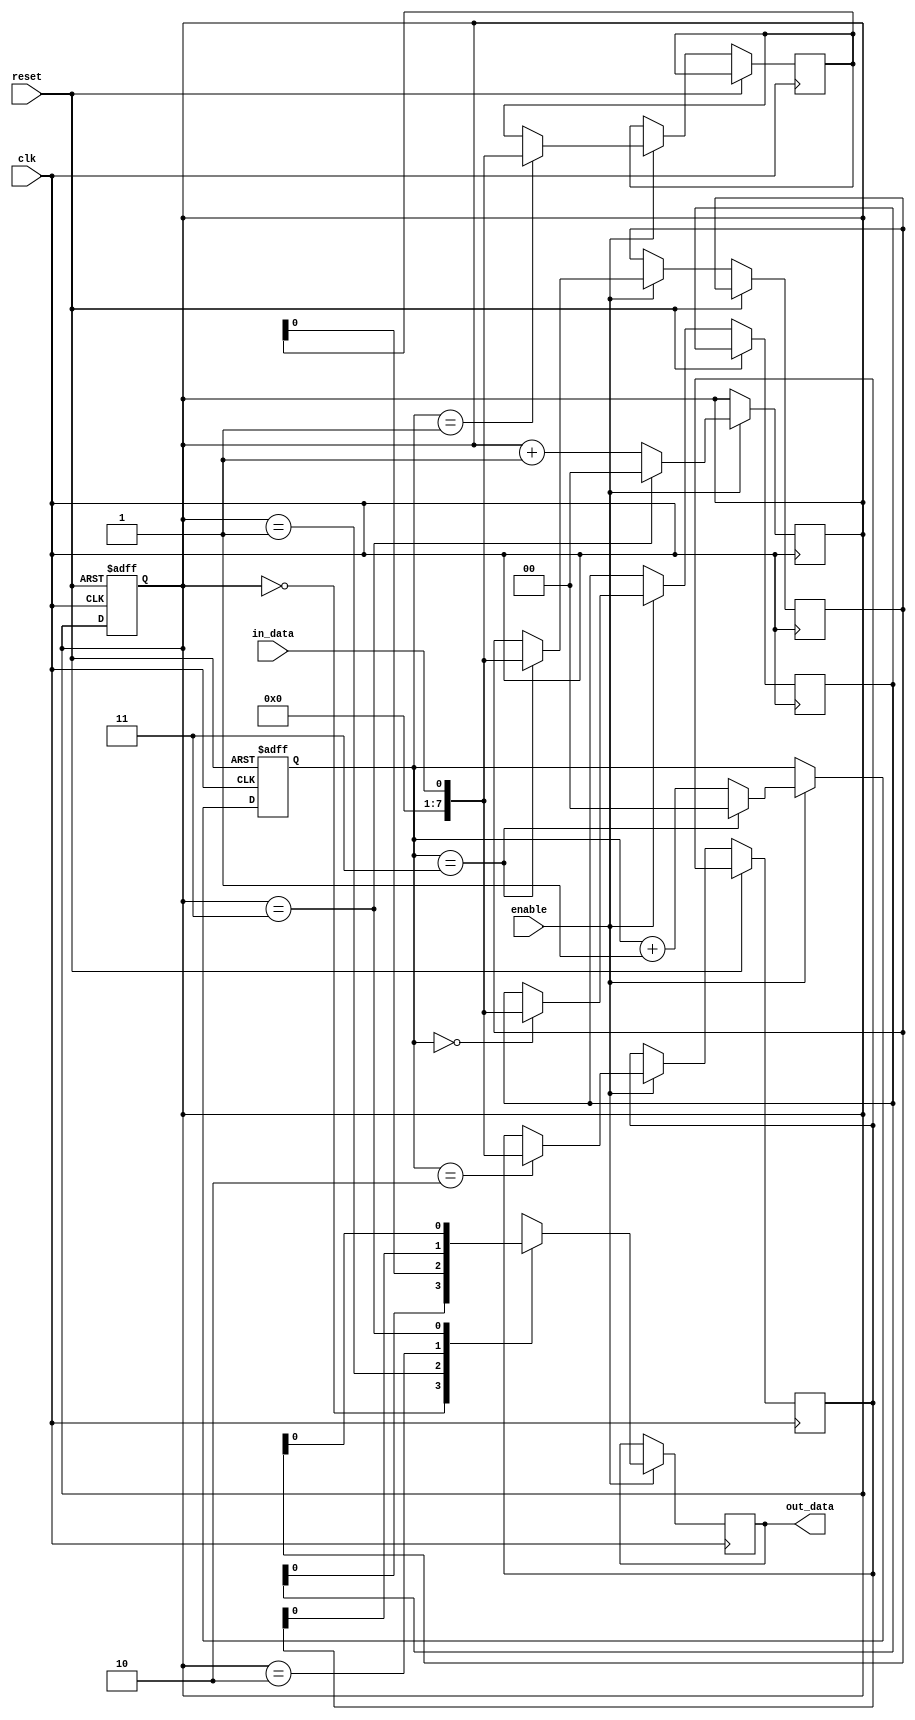
module First_Word_Fall_Through_FIFO (
    input wire clk,
    input wire reset,
    input wire enable,
    input wire in_data,
    output reg out_data
);

reg [7:0] buffer [3:0];
reg [1:0] head = 2'b0;
reg [1:0] tail = 2'b0;

always @(posedge clk or posedge reset) begin
    if (reset) begin
        head <= 2'b0;
        tail <= 2'b0;
    end else if (enable) begin
        buffer[head] <= in_data;
        head <= (head == 3) ? 2'b0 : head + 1;
    end
end

always @(posedge clk) begin
    if (enable) begin
        out_data <= buffer[tail];
        tail <= (tail == 3) ? 2'b0 : tail + 1;
    end
end

endmodule